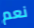
نعم